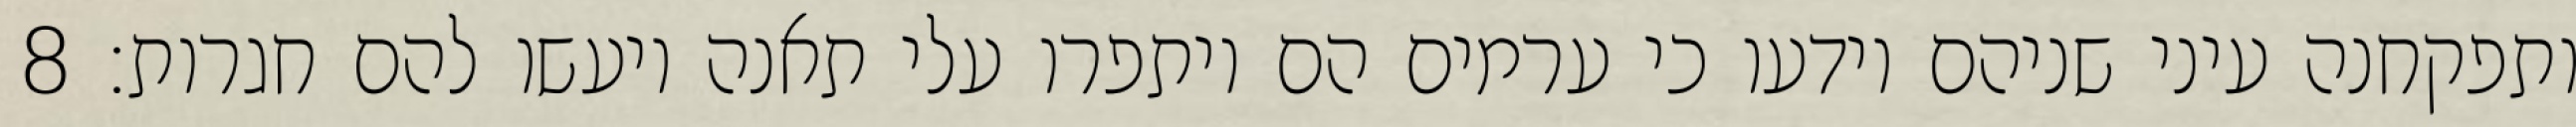
ותפקחנה עיני שניהם וידעו כי ערמים הם ויתפרו עלי תאנה ויעשו להם חגרות׃ ‎8‏